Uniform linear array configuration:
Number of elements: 48
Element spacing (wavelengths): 0.75
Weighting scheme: kaiser
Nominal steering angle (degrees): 30
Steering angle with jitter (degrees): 28.069
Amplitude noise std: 0.05
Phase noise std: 0.05

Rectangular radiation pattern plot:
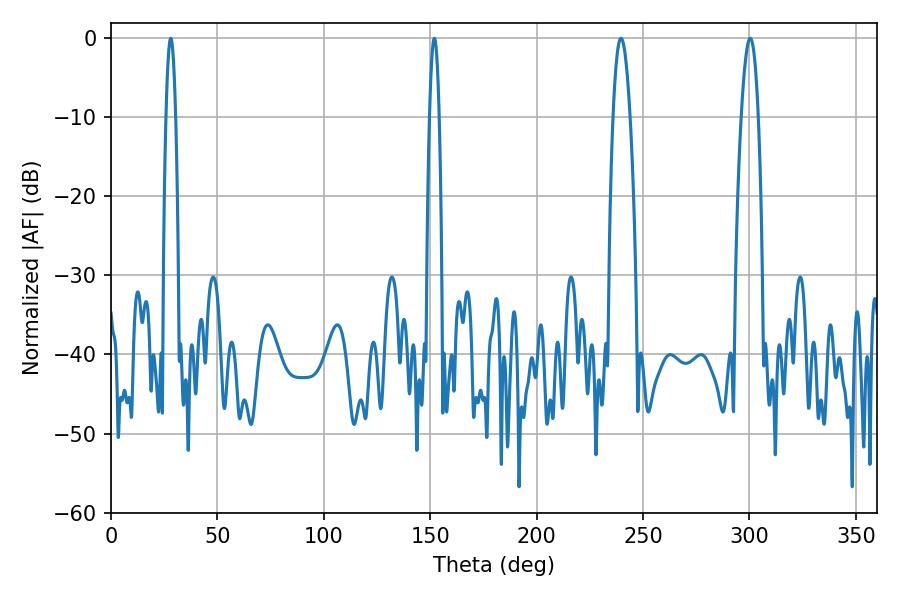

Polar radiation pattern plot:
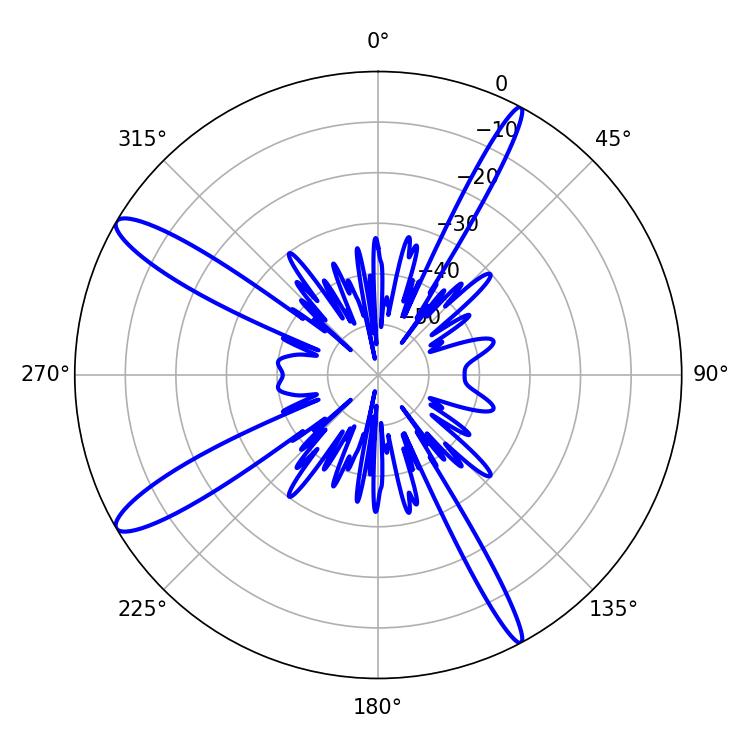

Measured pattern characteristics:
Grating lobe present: TRUE
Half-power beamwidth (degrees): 2.52
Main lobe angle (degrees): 28.08